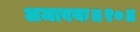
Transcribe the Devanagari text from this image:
अजावयः॥१०॥